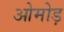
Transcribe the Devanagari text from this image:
ओमोड़